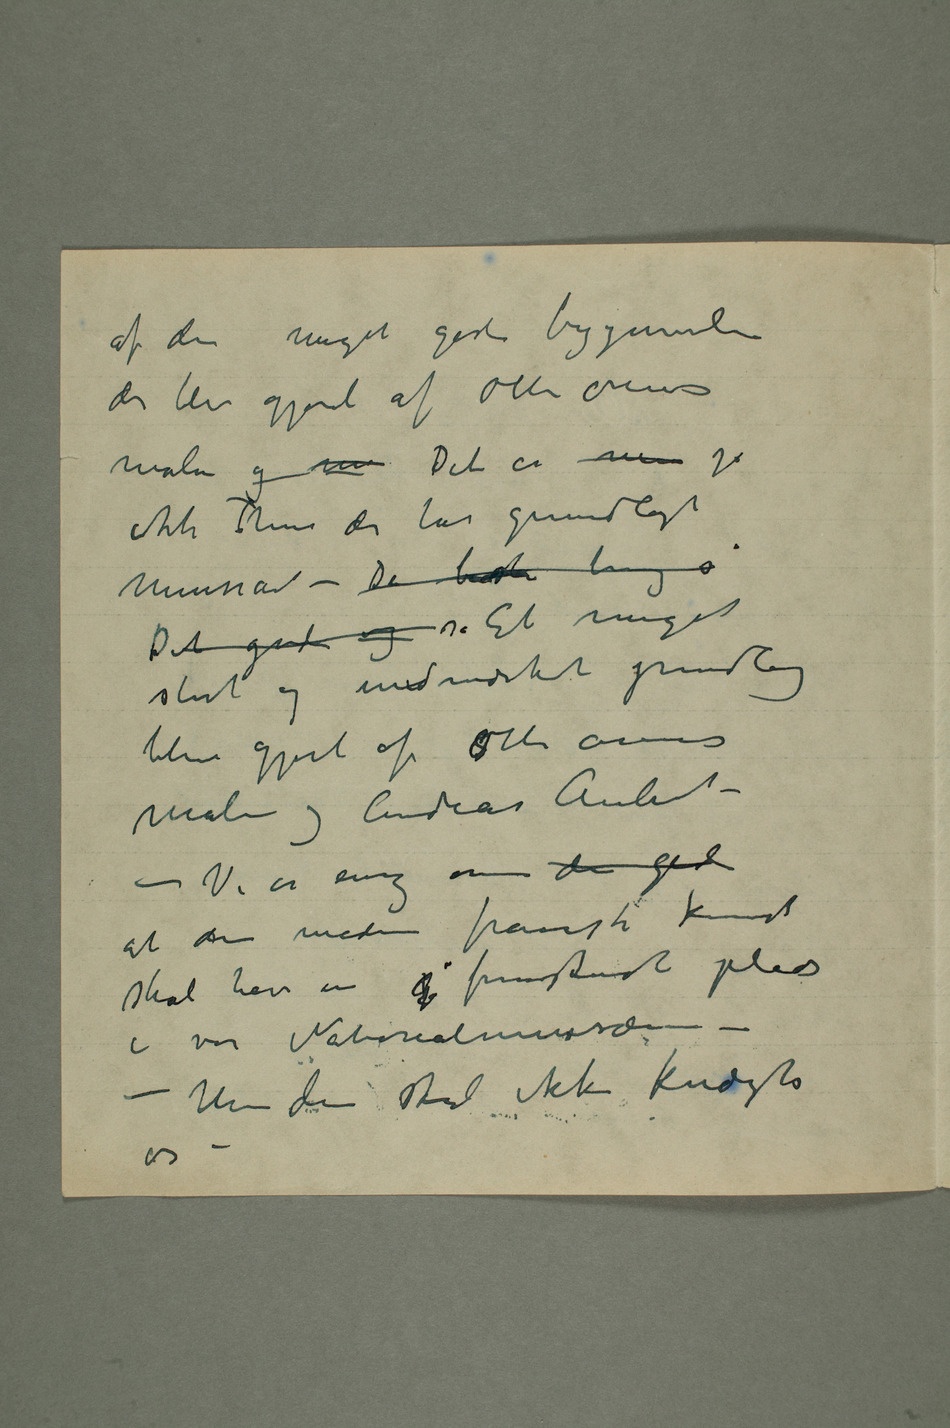
af den meget gode begynnelse
der blev gjort af otti årenes
ikke Thiis der har grundlagt
Det gode og  Et meget
stort og udmærket grundlag
blev gjort af otti årenes
malere og Andreas Aubert –
– Vi er enig om den gode
at den moderne franske kunst
skal have en  fremskudt plads
i vor Nationalmusæeum –
– Men den skal ikke knægte
os –